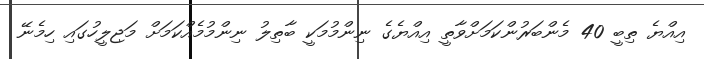
އިއްޔެ ތިބީ 40 މެންބަރުންކަމަށްވާތީ އިއްޔެގެ ނިންމުމަކީ ބާތިލު ނިންމުމެއްކަމަށް މަޖިލީހުގައި ހިމެނޭ